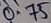
Text: 0.75